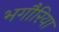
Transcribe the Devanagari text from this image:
भगौरिया